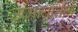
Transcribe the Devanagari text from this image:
उष्माघाताने